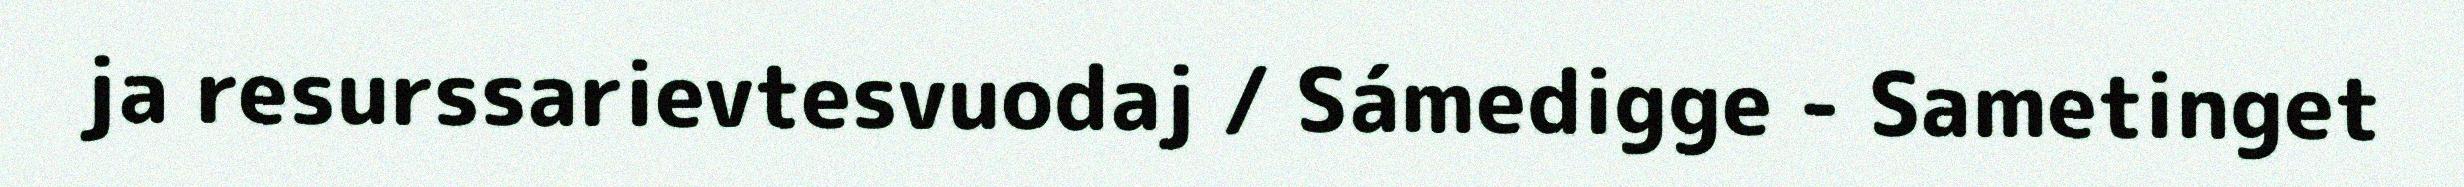
ja resurssarievtesvuodaj / Sámedigge - Sametinget